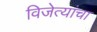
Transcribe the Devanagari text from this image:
विजेत्यांचा